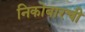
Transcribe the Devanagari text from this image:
निकोबारची